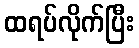
ထရပ်လိုက်ပြီး